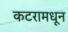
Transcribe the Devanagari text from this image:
कटरामधून